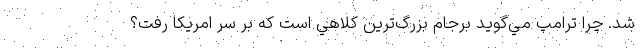
شد. چرا ترامپ مي‌گويد برجام بزرگ‌ترين كلاهي است كه بر سر امريكا رفت؟